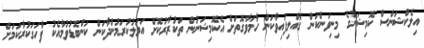
އިލެކްޝަންސް ކޮމިޝަނުގެ މިނިވަންކަން ގެއްލިފައިވާކަން ހާމަވާގޮތަށް އެކޮމިޝަނުން ތަކުރާރުކޮށް އަމަލުކުރަމުންދާކަން ކަންބޮޑުވުމާއެކު ފާހަގަކުރާކަމަށް